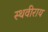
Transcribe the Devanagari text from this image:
स्थवीराय